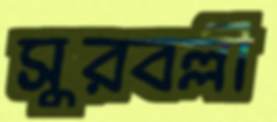
সুরবল্লী